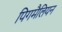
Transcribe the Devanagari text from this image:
पिगमैलियन